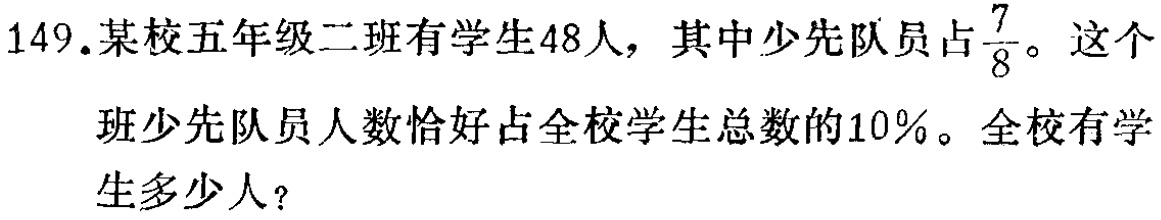
149.某校五年级二班有学生48人，其中少先队员占$\frac{7}{8}$。这个班少先队员人数恰好占全校学生总数的10%。全校有学生多少人？